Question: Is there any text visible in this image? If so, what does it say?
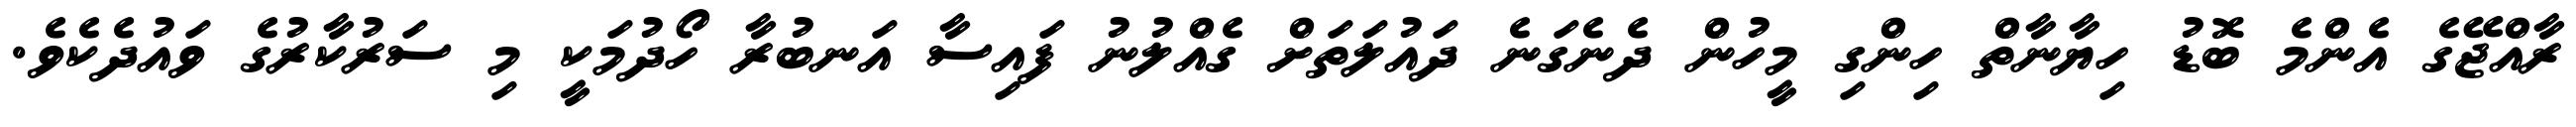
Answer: ރާއްޖޭގެ އެންމެ ބޮޑު ހިޔާނާތް ހިންގި މީހުން ދެނެގަނެ ދައުލަތަށް ގެއްލުނު ފައިސާ އަނބުރާ ހޯދުމަކީ މި ސަރުކާރުގެ ވައުދެކެވެ.